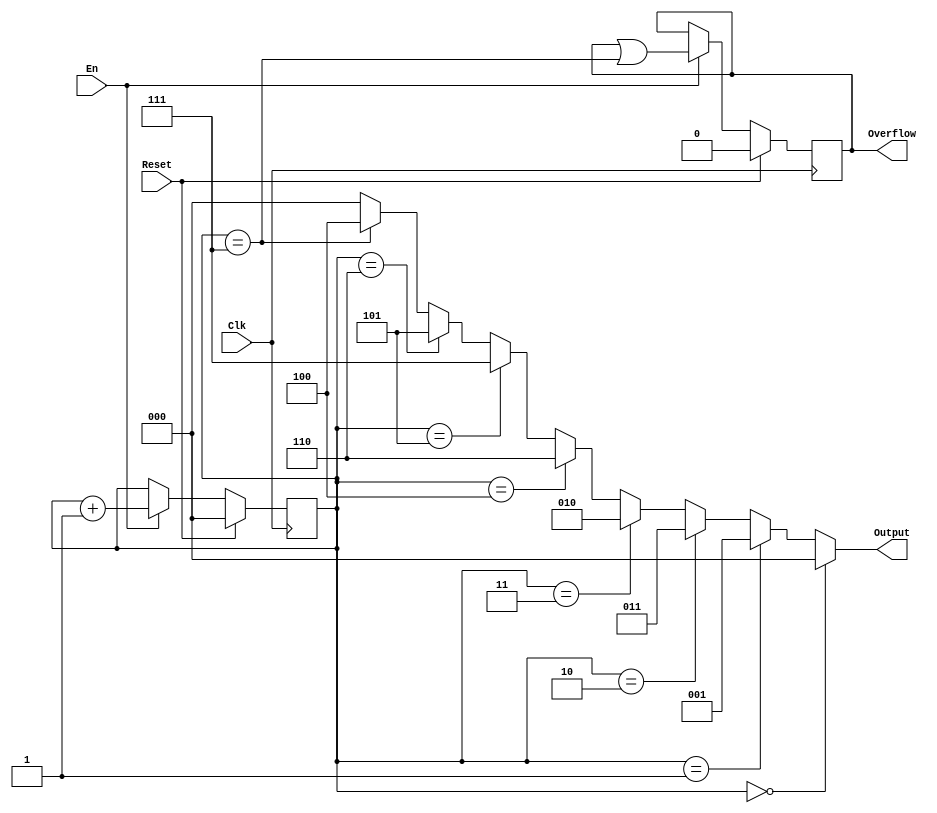
`timescale 1ns / 1ps

module gray(
    input Clk,
    input Reset,
    input En,
    output [2:0] Output,
    output reg Overflow = 0
    );

    reg [2:0] cnt = 0;

    assign Output = cnt == 3'd0 ? 3'b000 :
                    cnt == 3'd1 ? 3'b001 :
                    cnt == 3'd2 ? 3'b011 :
                    cnt == 3'd3 ? 3'b010 :
                    cnt == 3'd4 ? 3'b110 :
                    cnt == 3'd5 ? 3'b111 :
                    cnt == 3'd6 ? 3'b101 :
                    cnt == 3'd7 ? 3'b100 :
                    3'b0;

    always @(posedge Clk) begin
       if (Reset) begin
            cnt <= 0;
            Overflow <= 0;
       end else if(En) begin
            cnt <= cnt + 1;
            Overflow <= Overflow | (cnt == 7);
       end
    end

endmodule